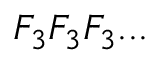
F _ { 3 } F _ { 3 } F _ { 3 } . . .